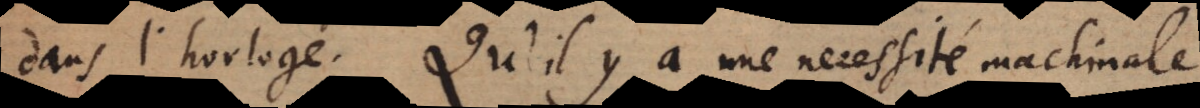
dans l’horloge. Qu’il y a une necessité machinale